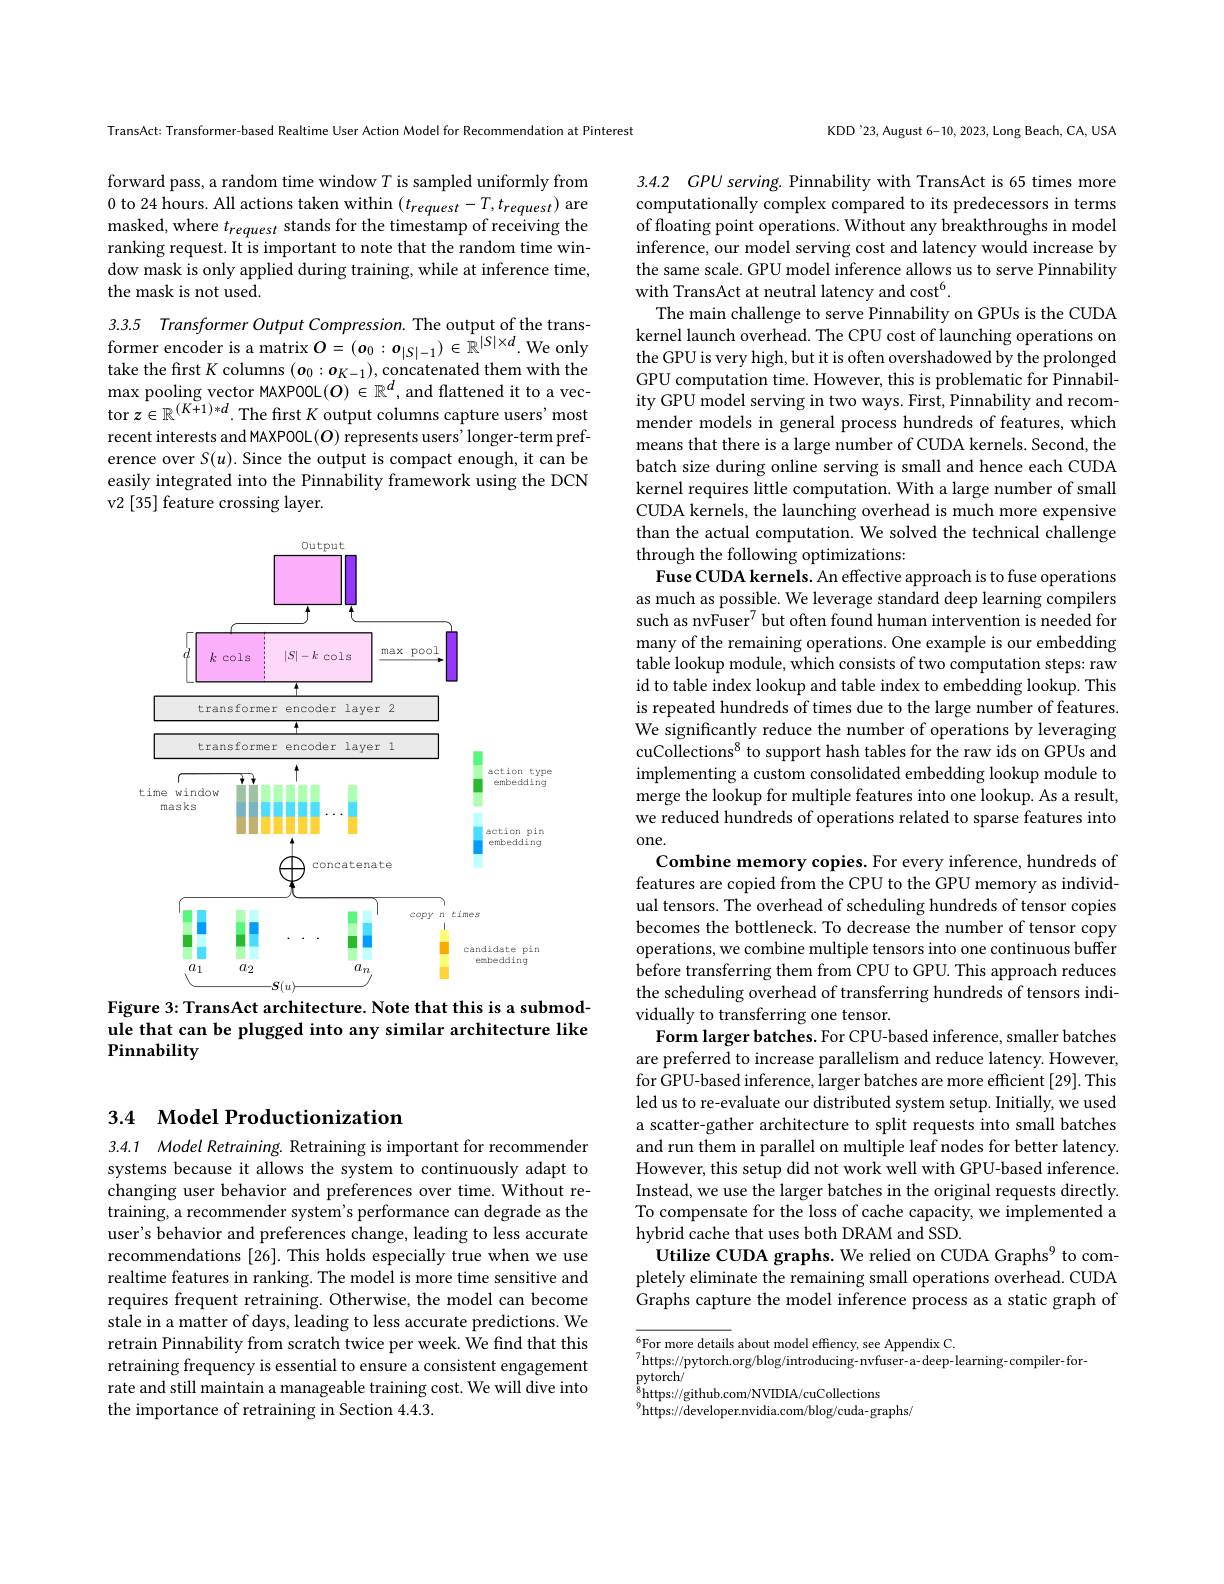
## 3.4 Model Productionization

3.4.1 Model Retraining. Retraining is important for recommender systems because it allows the system to continuously adapt to changing user behavior and preferences over time. Without retraining, a recommender system's performance can degrade as the user's behavior and preferences change, leading to less accurate recommendations [26]. This holds especially true when we use realtime features in ranking. The model is more time sensitive and requires frequent retraining. Otherwise, the model can become stale in a matter of days, leading to less accurate predictions. We retrain Pinnability from scratch twice per week. We find that this retraining frequency is essential to ensure a consistent engagement rate and still maintain a manageable training cost. We will dive into the importance of retraining in Section 4.4.3.

TransAct: Transformer-based Realtime User Action Model for Recommendation at Pinterest

forward pass, a random time window $T$ is sampled uniformly from 0 to 24 hours. All actions taken within $(t_{request}-T,t_{request})$ are masked, where $t_{request}$ stands for the timestamp of receiving the ranking request. It is important to note that the random time window mask is only applied during training, while at inference time, the mask is not used.

3.3.5 Transformer Output Compression. The output of the transformer encoder is a matrix $O=(o_0:o_{|S|-1})\in\mathbb{R}^{|S|\times d}.$ We only take the first $K$ columns $(\boldsymbol{o}_0:\boldsymbol{o}_{K-1})$, concatenated them with the $\max_{(V_1)}$pooling vector MAXPOOL$(O)\in\mathbb{R}^d$,and flattened it to a vector $z\in\mathbb{R}^{(K+1)*d}.$The first $K$ output columns capture users'most recent interests and MAXPOOL(O) represents users' longer-term preference over $S(u).$ Since the output is compact enough, it can be easily integrated into the Pinnability framework using the DCN v2 [35] feature crossing layer.

<FigureHere>
Figure 3: TransAct architecture. Note that this is a submod-

ule that can be plugged into any similar architecture like
Pinnability

KDD'23, August 6-10, 2023, Long Beach, CA, USA

3.4.2 GPU serving. Pinnability with TransAct is 65 times more computationally complex compared to its predecessors in terms of floating point operations. Without any breakthroughs in model inference, our model serving cost and latency would increase by the same scale. GPU model inference allows us to serve Pinnability with TransAct at neutral latency and cost$^6.$
The main challenge to serve Pinnability on GPUs is the CUDA kernel launch overhead. The CPU cost of launching operations on the GPU is very high, but it is often overshadowed by the prolonged GPU computation time. However, this is problematic for Pinnability GPU model serving in two ways. First, Pinnability and recommender models in general process hundreds of features, which means that there is a large number of CUDA kernels. Second, the batch size during online serving is small and hence each CUDA kernel requires little computation. With a large number of small CUDA kernels, the launching overhead is much more expensive than the actual computation. We solved the technical challenge through the following optimizations:
Fuse CUDA kernels. An effective approach is to fuse operations as much as possible. We leverage standard deep learning compilers such as nvFuser$^7$but often found human intervention is needed for many of the remaining operations. One example is our embedding table lookup module, which consists of two computation steps: raw id to table index lookup and table index to embedding lookup. This is repeated hundreds of times due to the large number of features. We significantly reduce the number of operations by leveraging cuCollections$^{8}$ to support hash tables for the raw ids on GPUs and implementing a custom consolidated embedding lookup module to merge the lookup for multiple features into one lookup. As a result, we reduced hundreds of operations related to sparse features into one.
Combine memory copies. For every inference, hundreds of features are copied from the CPU to the GPU memory as individual tensors. The overhead of scheduling hundreds of tensor copies becomes the bottleneck. To decrease the number of tensor copy operations, we combine multiple tensors into one continuous buffer before transferring them from CPU to GPU. This approach reduces the scheduling overhead of transferring hundreds of tensors individually to transferring one tensor.
Form larger batches. For CPU-based inference, smaller batches are preferred to increase parallelism and reduce latency. However, for $\dot\text{GPU-based inference, larger batches are more efficient[29]. This}$ led us to re-evaluate our distributed system setup. Initially, we used a scatter-gather architecture to split requests into small batches and run them in parallel on multiple leaf nodes for better latency. However, this setup did not work well with GPU-based inference. Instead, we use the larger batches in the original requests directly. To compensate for the loss of cache capacity, we implemented a hybrid cache that uses both DRAM and SSD.
Utilize CUDA graphs. We relied on CUDA Graphs$^{9}$ to completely eliminate the remaining small operations overhead. CUDA Graphs capture the model inference process as a static graph of

$^{6}$For more details about model effency, see Appendix C.
$^{7}$https://pytorch.org/blog/introducing- nvfuser-a- deep-learning-compiler-for-
$\bar{\text{pytorch}/}$
$^{8}$https://github.com/NVIDIA/cuCollections
$^{9}$https://developer.nvidia.com/blog/cuda-graphs/